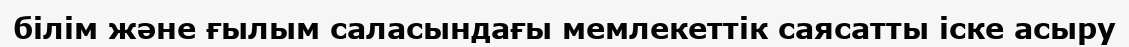
білім және ғылым саласындағы мемлекеттік саясатты іске асыру